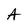
Character: A